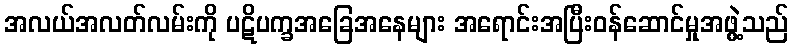
အလယ်အလတ်လမ်းကို ပဋိပက္ခအခြေအနေများ အရောင်းအပြီးဝန်ဆောင်မှုအဖွဲ့သည်